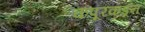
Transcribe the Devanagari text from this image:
कपूरकडून